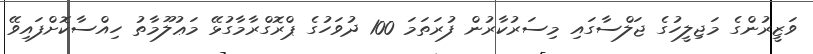
ވަޒީރުންގެ މަޖިލީހުގެ ޖަލްސާގައި މިސަރުކާރުން ފުރަތަމަ 100 ދުވަހުގެ ޕްރޮގްރާމާގުޅޭ މަޢުލޫމާތު ހިއްސާކޮށްފައިވޭ